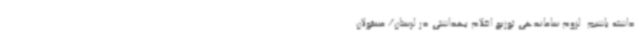
داشته باشیم. لزوم ساماندهی توزیع اقلام بهداشتی در لرستان/ مسئولان